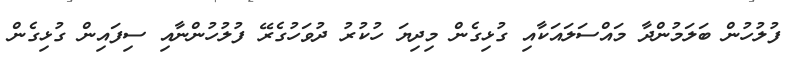
ފުލުހުން ބަލަމުންދާ މައްސަލައަކާއި ގުޅިގެން މިދިޔަ ހުކުރު ދުވަހުގެރޭ ފުލުހުންނާއި ސިފައިން ގުޅިގެން